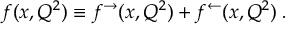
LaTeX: \rho L = \frac { M _ { Q } } { \sigma } \ln { \frac { v _ { 0 } } { v _ { c } } } ,